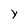
Character: Y